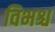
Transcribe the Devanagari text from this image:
विभश्च